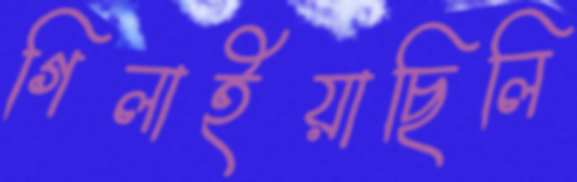
গিলাইয়াছিলি